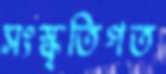
সংস্কৃতিগত